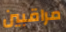
مراقبين